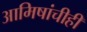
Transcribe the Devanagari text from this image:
आमिषांचीही